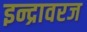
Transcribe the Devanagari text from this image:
इन्द्रावरज